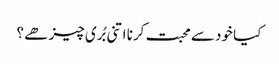
کیا خود سے محبت کرنا اتنی بُری چیز ھے ؟